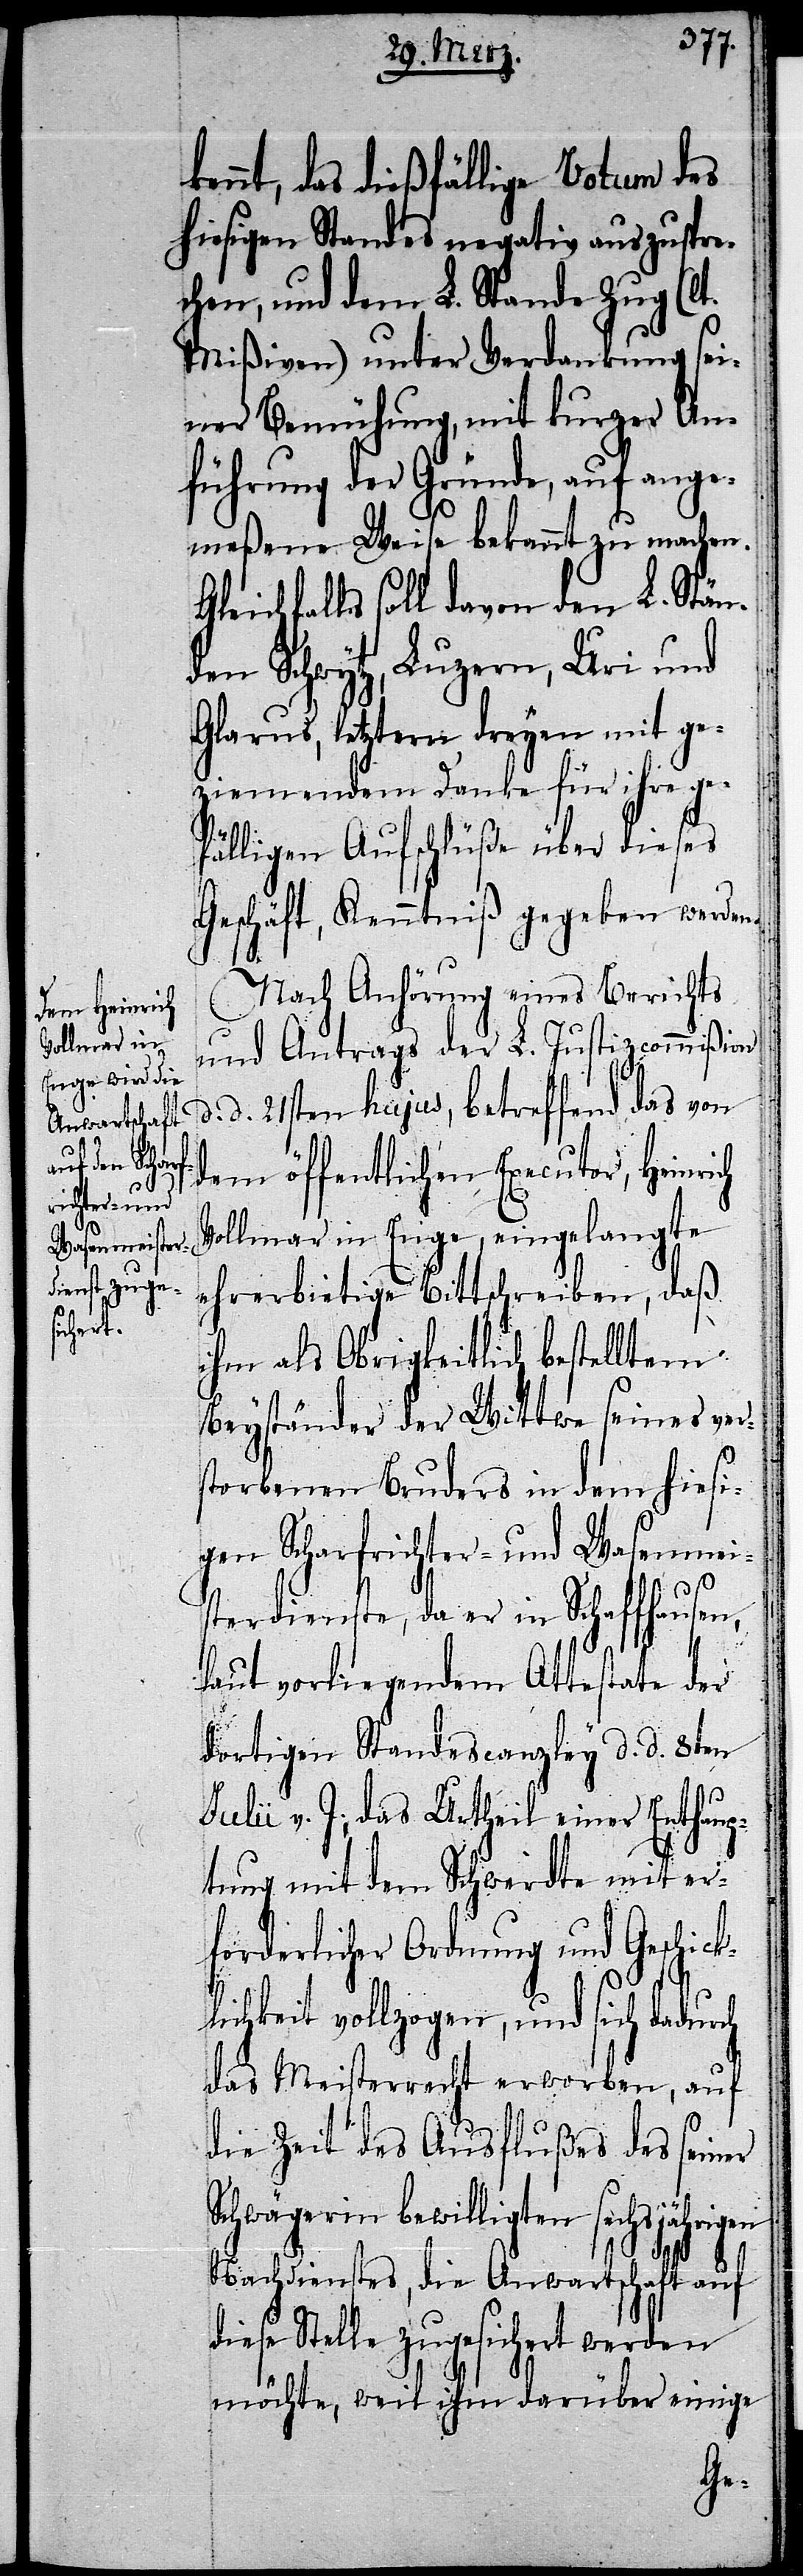
d.

kennt, das dießfällige Votum des
hiesigen Standes negativ auszuspre¬
chen, und dem L. Stande Zug (lt.
Mißiven) unter Verdankung sei¬
ner Bemühung, mit kurzer An¬
führung der Gründe, auf ange¬
meßene Weise bekannt zu machen.
leichfalls soll davon den L. Stän¬
den Schwytz, Luzern, Uri und
Glarus, letztern dreyen mit ge¬
ziemendem Danke für ihre ge¬
fälligen Aufschlüße über dieses
Geschäft, Kenntniß gegeben werden.
Nach Anhörung eines Berichts
und Antrags der L. Justizcommißion
d. 21sten hujus, betreffend das von
dem öffentlichen Executor, Heinrich
Vollmar in Enge, eingelangte
ehrerbietige Bittschreiben, daß
ihm als Obrigkeitlich bestelltem
Beyständer der Wittwe seines ver¬
storbenen Bruders in dem hiesi¬
gen Scharfrichter- und Wasenmei¬
sterdienste, da er in Schaffhausen,
laut vorliegendem Attestate der
dortigen Standescanzley d. d. 8ten
v. J., das Urtheil einer Enthaup¬
tung mit dem Schwerdte mit er¬
forderlicher Ordnung und Geschick¬
lichkeit vollzogen, und sich dadurch
das Meisterrecht erworben, auf
die Zeit des Ausflußes des seiner
bewilligten sechsjähr¬
Nachdienstes, die Anwartschaft auf
se Stelle zugesichert werden
möchte, weil ihm darüber einige
die¬